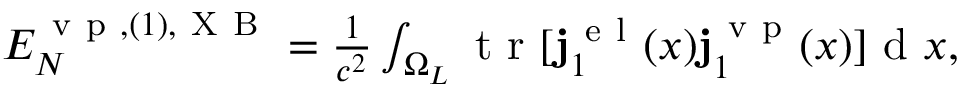
\begin{array} { r } { { \cal E } _ { N } ^ { \ensuremath { \mathrm { ~ v ~ p ~ } } , ( 1 ) , \mathrm { ~ X ~ B ~ } } = \frac { 1 } { c ^ { 2 } } \int _ { \Omega _ { L } } \ensuremath { \mathrm { ~ t ~ r ~ } } [ \ensuremath { \mathbf { j } } _ { 1 } ^ { \ensuremath { \mathrm { ~ e ~ l ~ } } } ( x ) \ensuremath { \mathbf { j } } _ { 1 } ^ { \ensuremath { \mathrm { ~ v ~ p ~ } } } ( x ) ] \ensuremath { \mathrm { ~ d ~ } } x , } \end{array}